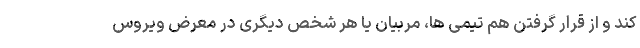
کند و از قرار گرفتن هم تیمی ها، مربیان یا هر شخص دیگری در معرض ویروس